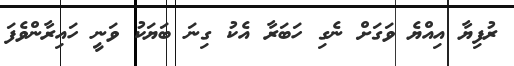
ރުފިޔާ އިއްޔެ ވަގަށް ނެގި ހަބަރާ އެކު ގިނަ ބަޔަކު ވަނީ ހައިރާންވެފަ